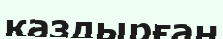
қаздырған